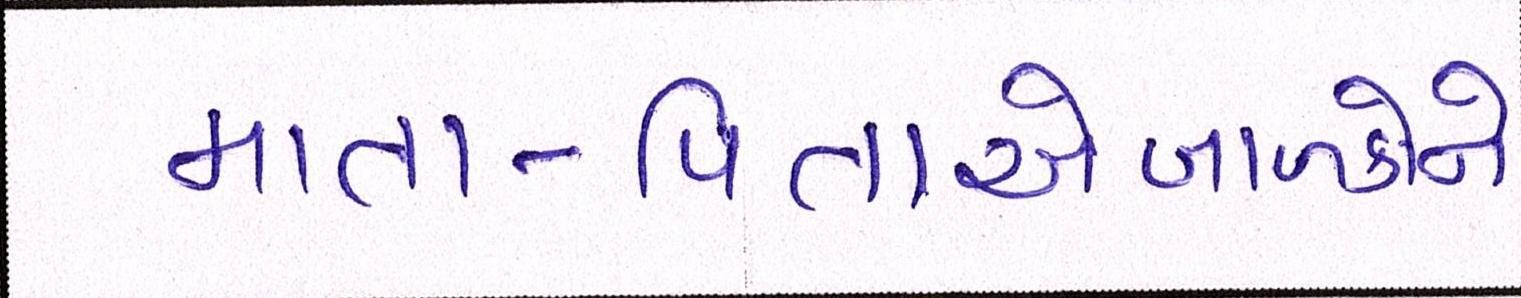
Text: માતા-પિતાએબાળકોને